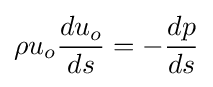
\rho u_{o}{du_{o} \over ds}=-{dp \over ds}